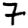
Digit: 7